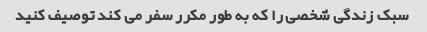
سبک زندگی شخصی را که به طور مکرر سفر می کند توصیف کنید